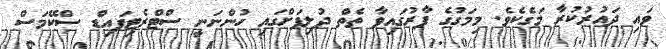
ވައި ދައުރުކުރާ މަގެކެވެ. މިމަގުގެ ފާރުގައިވާ ތެތް ދުލިފަށްގައި ހުންނަނީ ސްޓްރެޓިފައިޑް ސްކޭމަސް